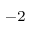
^ { - 2 }